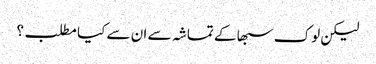
لیکن لوک سبھا کے تماشہ سے ان سے کیا مطلب؟